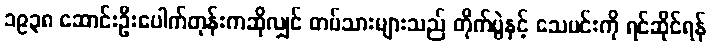
၁၉၃၈ ဆောင်းဦးပေါက်တုန်းကဆိုလျှင် တပ်သားများသည် တိုက်ပွဲနှင့် သေမင်းကို ရင်ဆိုင်ရန်